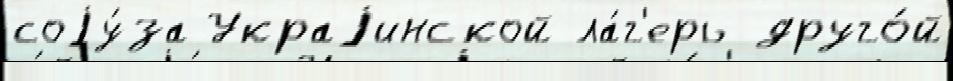
соjу́за Украjинской ла́г'ерь друго́й